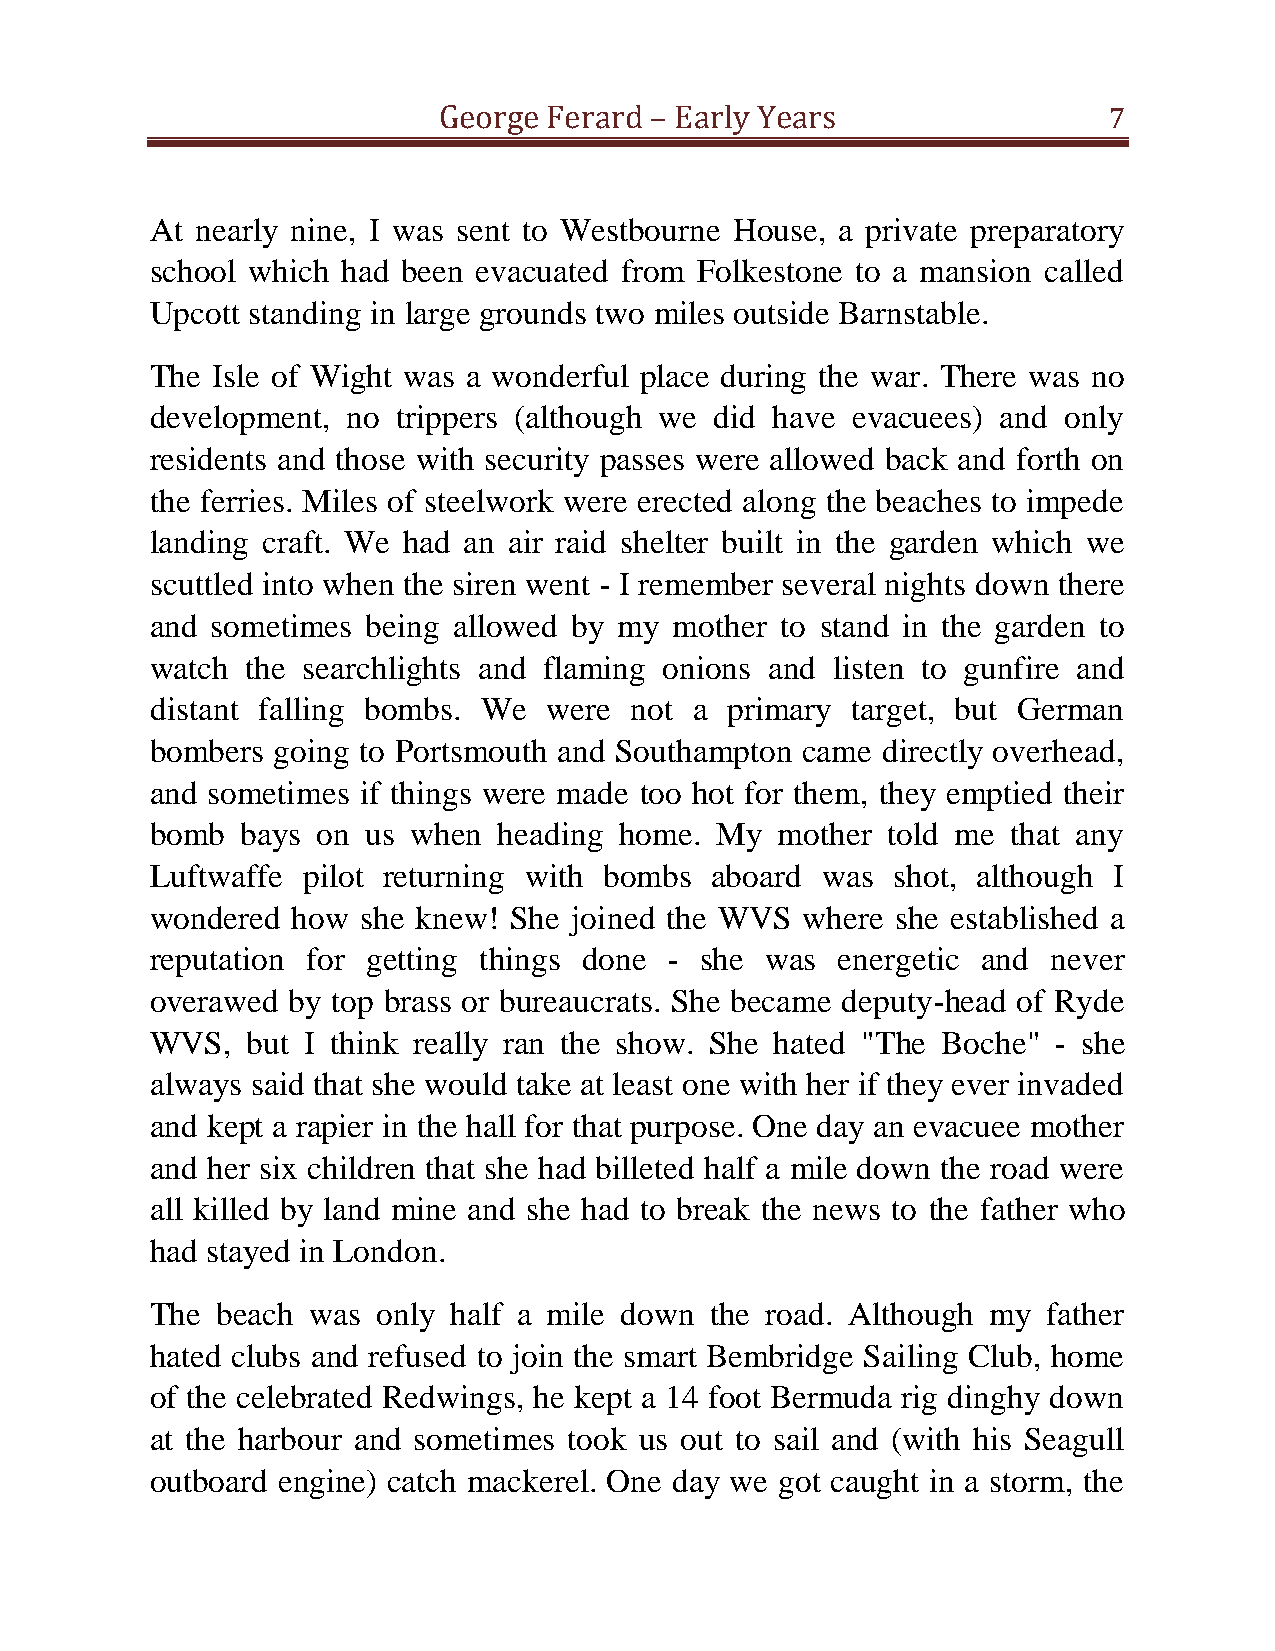
George Ferard – Early Years                 7
 At nearly nine, I was sent to Westbourne House, a private preparatory
 school which had been evacuated from Folkestone to a mansion called
 Upcott standing in large grounds two miles outside Barnstable.
 The Isle of Wight was a wonderful place during the war. There was no
 development, no trippers (although we did have evacuees) and only
 residents and those with security passes were allowed back and forth on
 the ferries. Miles of steelwork were erected along the beaches to impede
 landing craft. We had an air raid shelter built in the garden which we
 scuttled into when the siren went - I remember several nights down there
 and sometimes being allowed by my  mother to stand in the garden to
 watch the searchlights and flaming onions and listen to gunfire and
 distant falling bombs. We were  not a primary target, but German
 bombers going to Portsmouth and Southampton came directly overhead,
 and sometimes if things were made too hot for them, they emptied their
 bomb  bays on us when  heading home. My   mother told me that any
 Luftwaffe pilot returning with bombs aboard was  shot, although I
 wondered how  she knew! She joined the WVS where she established a
 reputation for getting things done - she was  energetic and never
 overawed by top brass or bureaucrats. She became deputy-head of Ryde
 WVS,  but I think really ran the show. She hated "The Boche" - she
 always said that she would take at least one with her if they ever invaded
 and kept a rapier in the hall for that purpose. One day an evacuee mother
 and her six children that she had billeted half a mile down the road were
 all killed by land mine and she had to break the news to the father who
 had stayed in London.
 The beach was  only half a mile down the road. Although my father
 hated clubs and refused to join the smart Bembridge Sailing Club, home
 of the celebrated Redwings, he kept a 14 foot Bermuda rig dinghy down
 at the harbour and sometimes took us out to sail and (with his Seagull
 outboard engine) catch mackerel. One day we got caught in a storm, the